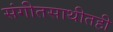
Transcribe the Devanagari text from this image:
संगीतसाथीतही